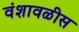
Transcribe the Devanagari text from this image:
वंशावळीस